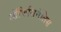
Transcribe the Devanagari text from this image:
ऑफिसिनॅलिस